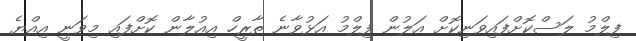
ފިލްމު ލަސްކޮށްފައިވަނިކޮށް އަލުން ފިލްމު އަޅުވާނެ ތާރީހް އިއުލާން ކޮށްފައި މިވަނީ އިއްޔެ